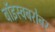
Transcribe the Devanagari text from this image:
बॉइस्वबरोबर